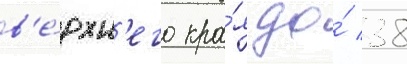
в'е́рхн'его кра́я до́ 38